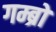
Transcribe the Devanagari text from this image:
गम्ब्रो